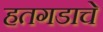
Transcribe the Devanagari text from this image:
हतगडाचे